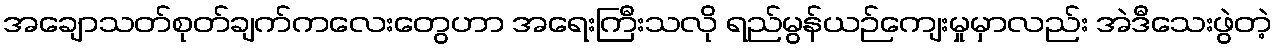
အချောသတ်စုတ်ချက်ကလေးတွေဟာ အရေးကြီးသလို ရည်မွန်ယဉ်ကျေးမှုမှာလည်း အဲဒီသေးဖွဲတဲ့